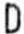
D